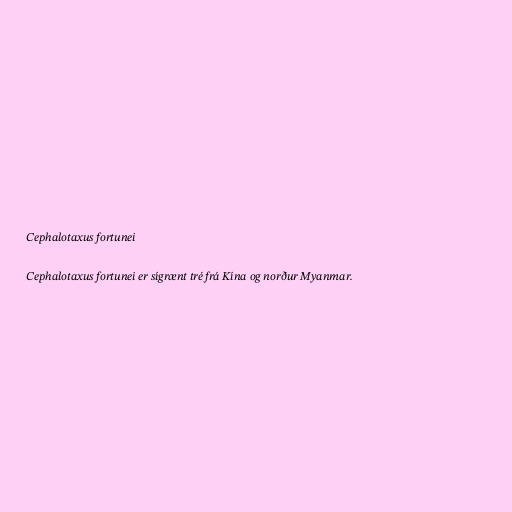
Cephalotaxus fortunei

Cephalotaxus fortunei er sígrænt tré frá Kína og norður Myanmar.